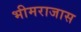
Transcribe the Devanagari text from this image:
भीमराजास